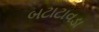
બટાટાવડા